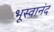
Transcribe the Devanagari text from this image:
भूस्वानंद